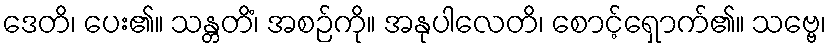
ဒေတိ၊ ပေး၏။ သန္တတိံ၊ အစဉ်ကို။ အနုပါလေတိ၊ စောင့်ရှောက်၏။ သဗ္ဗေ၊